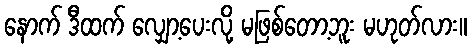
နောက် ဒီထက် လျှော့ပေးလို့ မဖြစ်တော့ဘူး မဟုတ်လား။